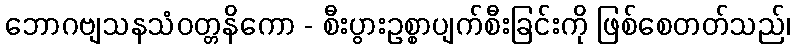
ဘောဂဗျသနသံဝတ္တနိကော - စီးပွားဥစ္စာပျက်စီးခြင်းကို ဖြစ်စေတတ်သည်၊